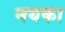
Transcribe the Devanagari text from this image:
नयका